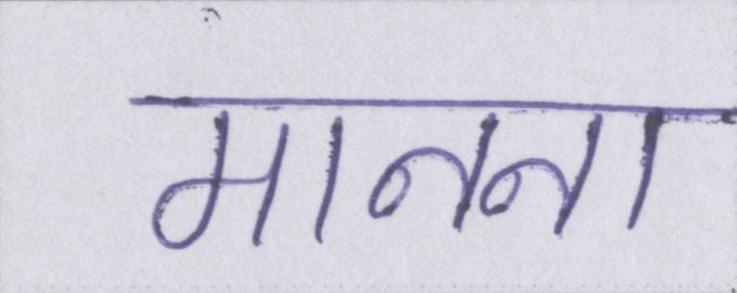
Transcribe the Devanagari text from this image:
मानना